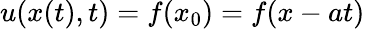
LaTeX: u(x(t),t)=f(x_{0})=f(x-at)